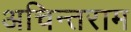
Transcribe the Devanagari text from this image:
अचिन्तराम